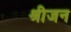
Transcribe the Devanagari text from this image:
श्रीजन